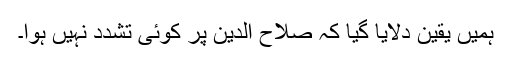
ہمیں یقین دلایا گیا کہ صلاح الدین پر کوئی تشدد نہیں ہوا۔